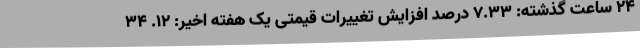
۲۴ ساعت گذشته: ۷.۳۳ درصد افزایش تغییرات قیمتی یک هفته اخیر: ۱۲. ۳۴